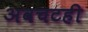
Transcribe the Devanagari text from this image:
अवचटही